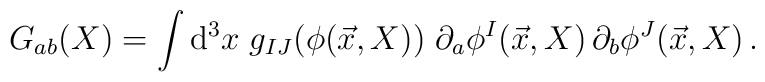
G_{ab}(X) = \int {\rm d}^3x\; g_{IJ}(\phi(\vec x,X))\;\partial_a\phi^I(\vec x, X)\,   \partial_b\phi^J(\vec x,X)\,.